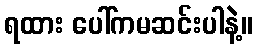
ရထား ပေါ်ကမဆင်းပါနဲ့။